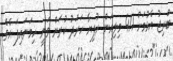
ބްރިޖު އެޅުމަށް 411 މިލިއަން ރުފިޔާ ހަރަދު ކުރަން ވަނީ ހިމަނައިފަ އެވެ.